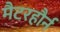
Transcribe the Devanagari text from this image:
मैटरहौर्न